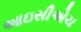
આઇસીએચ